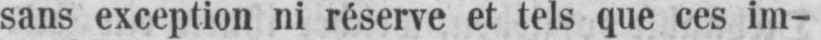
sans exception ni réserve et tels que ces im-